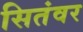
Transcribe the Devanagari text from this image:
सितंवर